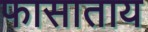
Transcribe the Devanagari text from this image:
फासाताय